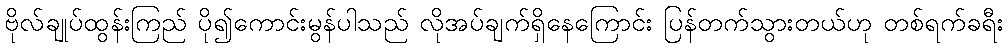
ဗိုလ်ချုပ်ထွန်းကြည် ပို၍ကောင်းမွန်ပါသည် လိုအပ်ချက်ရှိနေကြောင်း ပြန်တက်သွားတယ်ဟု တစ်ရက်ခရီး